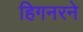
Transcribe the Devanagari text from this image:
हिगनरने